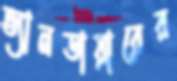
ভ্যানডায়ারের